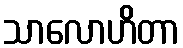
သာလောဟိတာ